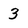
Character: 3